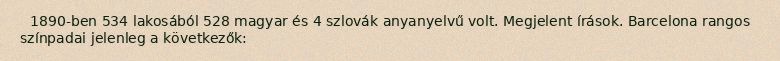
1890-ben 534 lakosából 528 magyar és 4 szlovák anyanyelvű volt. Megjelent írások. Barcelona rangos színpadai jelenleg a következők: